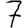
Digit: 7